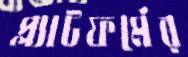
প্ল্যাটফর্মের